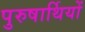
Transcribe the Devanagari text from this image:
पुरुषार्थियों